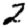
Digit: 2